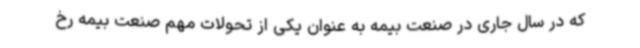
که در سال جاری در صنعت بیمه به عنوان یکی از تحولات مهم صنعت بیمه رخ